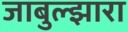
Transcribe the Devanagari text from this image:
जाबुल्झारा